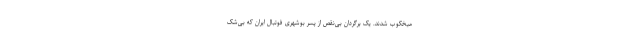
میخکوب شدند. یک برگردان بی‌نقص از پسر بوشهری فوتبال ایران که بی‌شک